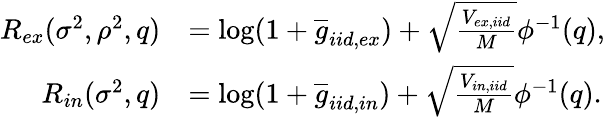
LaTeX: \begin{array}{rl}{R_{ex}(\sigma^{2},\rho^{2},q)}&{=\log(1+\overline{{g}}_{iid,ex})+\sqrt{\frac{V_{ex,iid}}{M}}\phi^{-1}(q),}\\ {R_{in}(\sigma^{2},q)}&{=\log(1+\overline{{g}}_{iid,in})+\sqrt{\frac{V_{in,iid}}{M}}\phi^{-1}(q).}\end{array}